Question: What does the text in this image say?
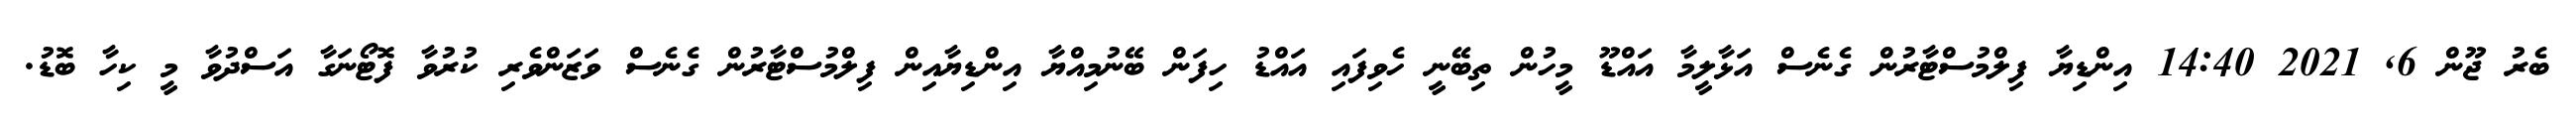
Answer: ބެރު ޖޫން 6, 2021 14:40 އިންޑިޔާ ފިލްމުސްޓާރުން ގެނެސް އަޅާލީމާ އައްޑޫ މީހުން ތިބޭނީ ހެވިފައި އައްޑު ހިފަން ބޭނުމިއްޔާ އިންޑިޔާއިން ފިލްމުސްޓާރުން ގެނެސް ވަޒަންވެރި ކުރުވާ ފޮޓޯނަގާ އަސްދުވާ މީ ކިހާ ބޮޑު.